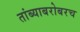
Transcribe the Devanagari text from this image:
तांब्याबरोबरच